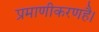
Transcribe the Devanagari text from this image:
प्रमाणीकरणहै।